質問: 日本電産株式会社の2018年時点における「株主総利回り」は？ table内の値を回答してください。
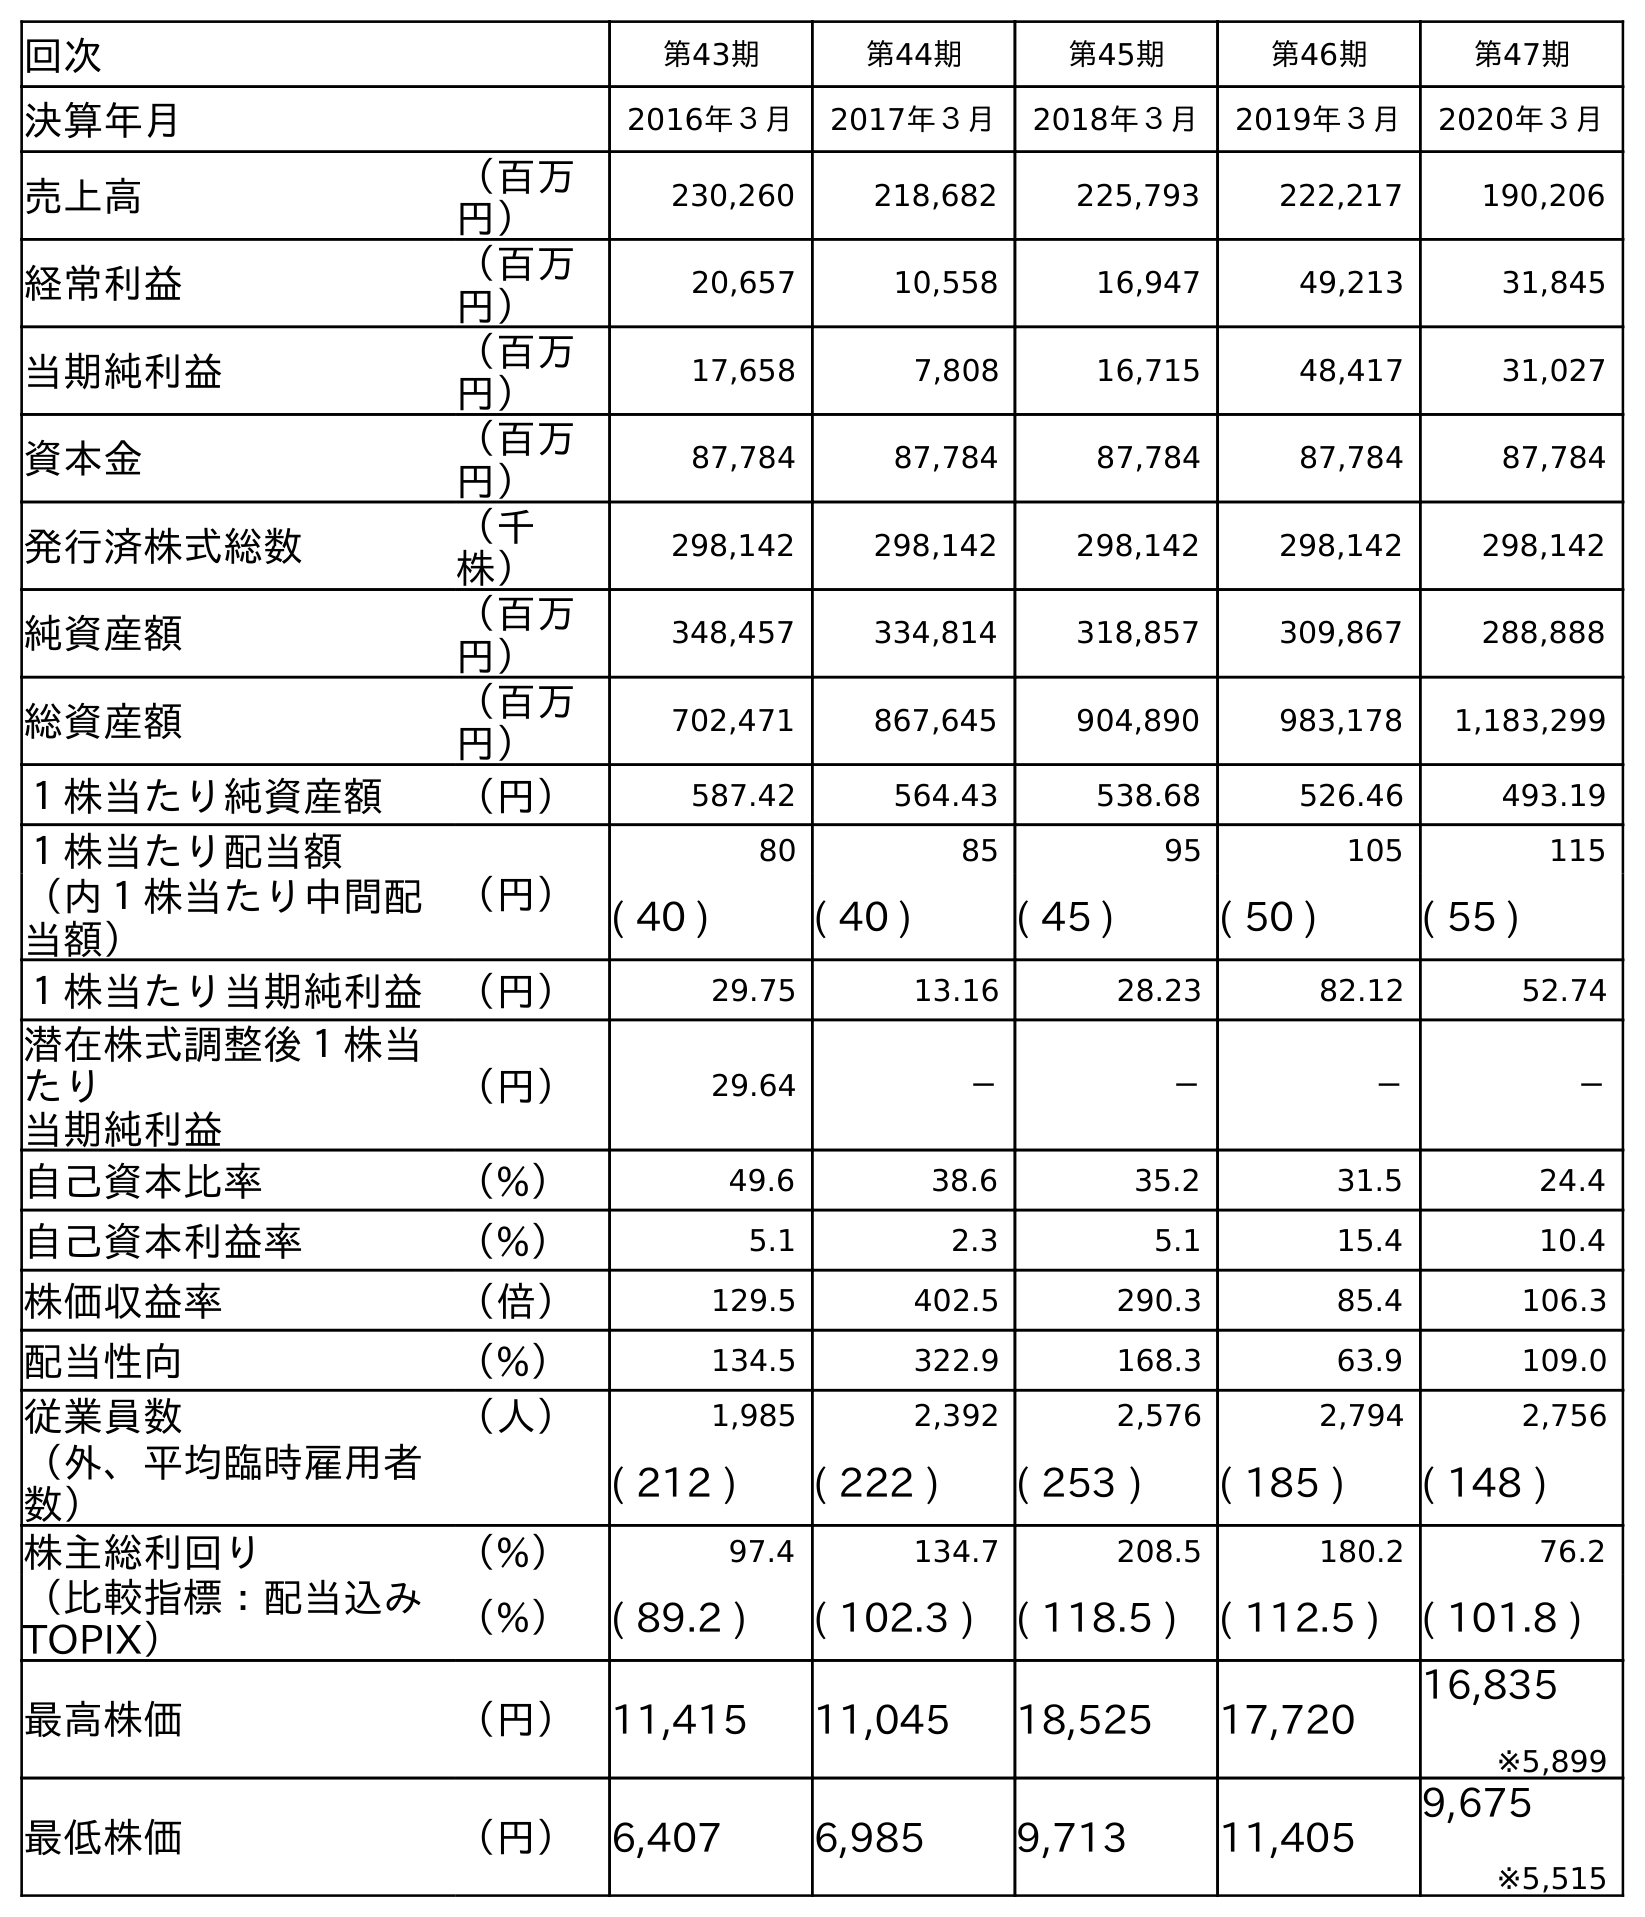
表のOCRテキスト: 回次 第43期 第44期 第45期 第46期 第47期 決算年月 2016年３月 2017年３月 2018年３月 2019年３月 2020年３月 売上高 （百万 円） 230,260 218,682 225,793 222,217 190,206 経常利益 （百万 円） 20,657 10,558 16,947 49,213 31,845 当期純利益 （百万 円） 17,658 7,808 16,715 48,417 31,027 資本金 （百万 円） 87,784 87,784 87,784 87,784 87,784 発行済株式総数 （千 株） 298,142 298,142 298,142 298,142 298,142 純資産額 （百万 円） 348,457 334,814 318,857 309,867 288,888 総資産額 （百万 円） 702,471 867,645 904,890 983,178 1,183,299 １株当たり純資産額 （円） 587.42 564.43 538.68 526.46 493.19 １株当たり配当額 （円） 80 85 95 105 115 （内１株当たり中間配 当額） ( 40 ) ( 40 ) ( 45 ) ( 50 ) ( 55 ) １株当たり当期純利益 （円） 29.75 13.16 28.23 82.12 52.74 潜在株式調整後１株当 たり 当期純利益 （円） 29.64 － － － － 自己資本比率 （%） 49.6 38.6 35.2 31.5 24.4 自己資本利益率 （%） 5.1 2.3 5.1 15.4 10.4 株価収益率 （倍） 129.5 402.5 290.3 85.4 106.3 配当性向 （%） 134.5 322.9 168.3 63.9 109.0 従業員数 （人） 1,985 2,392 2,576 2,794 2,756 （外、平均臨時雇用者 数） ( 212 ) ( 222 ) ( 253 ) ( 185 ) ( 148 ) 株主総利回り （%） 97.4 134.7 208.5 180.2 76.2 （比較指標：配当込み TOPIX） （%） ( 89.2 ) ( 102.3 ) ( 118.5 ) ( 112.5 ) ( 101.8 ) 最高株価 （円） 11,415 11,045 18,525 17,720 16,835 ※5,899 最低株価 （円） 6,407 6,985 9,713 11,405 9,675 ※5,515
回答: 208.5